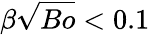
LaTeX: \beta\sqrt{Bo}<0.1